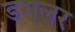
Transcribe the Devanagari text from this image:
डगलर